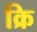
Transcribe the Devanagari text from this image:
क्रि